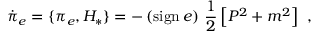
\dot { \pi } _ { e } = \{ \pi _ { e } , H _ { * } \} = - \left( \mathrm { s i g n } \, e \right) \, \frac { 1 } { 2 } \left[ P ^ { 2 } + m ^ { 2 } \right] \ ,